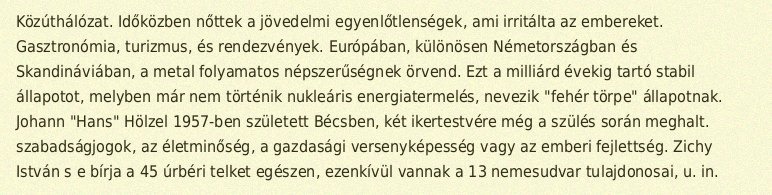
Közúthálózat. Időközben nőttek a jövedelmi egyenlőtlenségek, ami irritálta az embereket. Gasztronómia, turizmus, és rendezvények. Európában, különösen Németországban és Skandináviában, a metal folyamatos népszerűségnek örvend. Ezt a milliárd évekig tartó stabil állapotot, melyben már nem történik nukleáris energiatermelés, nevezik "fehér törpe" állapotnak. Johann "Hans" Hölzel 1957-ben született Bécsben, két ikertestvére még a szülés során meghalt. szabadságjogok, az életminőség, a gazdasági versenyképesség vagy az emberi fejlettség. Zichy István s e bírja a 45 úrbéri telket egészen, ezenkívül vannak a 13 nemesudvar tulajdonosai, u. in.